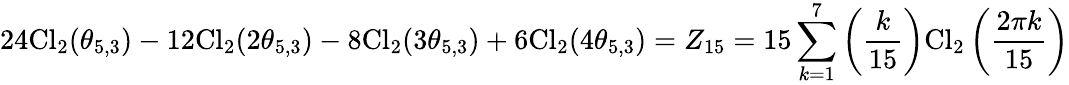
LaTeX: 24\mathrm{Cl}_{2}(\theta_{5,3})-12\mathrm{Cl}_{2}(2\theta_{5,3})-8\mathrm{Cl}_{2}(3\theta_{5,3})+6\mathrm{Cl}_{2}(4\theta_{5,3})=Z_{15}=15\sum_{k=1}^{7}\left(\frac{k}{15}\right)\mathrm{Cl}_{2}\left(\frac{2\pi k}{15}\right)